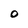
Character: O